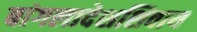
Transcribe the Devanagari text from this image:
बांगलादेशशिवाय